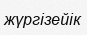
жүргізейік